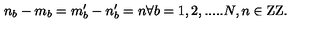
n _ { b } - m _ { b } = m _ { b } ^ { \prime } - n _ { b } ^ { \prime } = n \forall b = 1 , 2 , . . . . . N , n \in \mathrm { Z Z } .